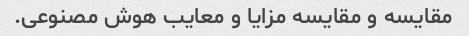
مقایسه و مقایسه مزایا و معایب هوش مصنوعی.